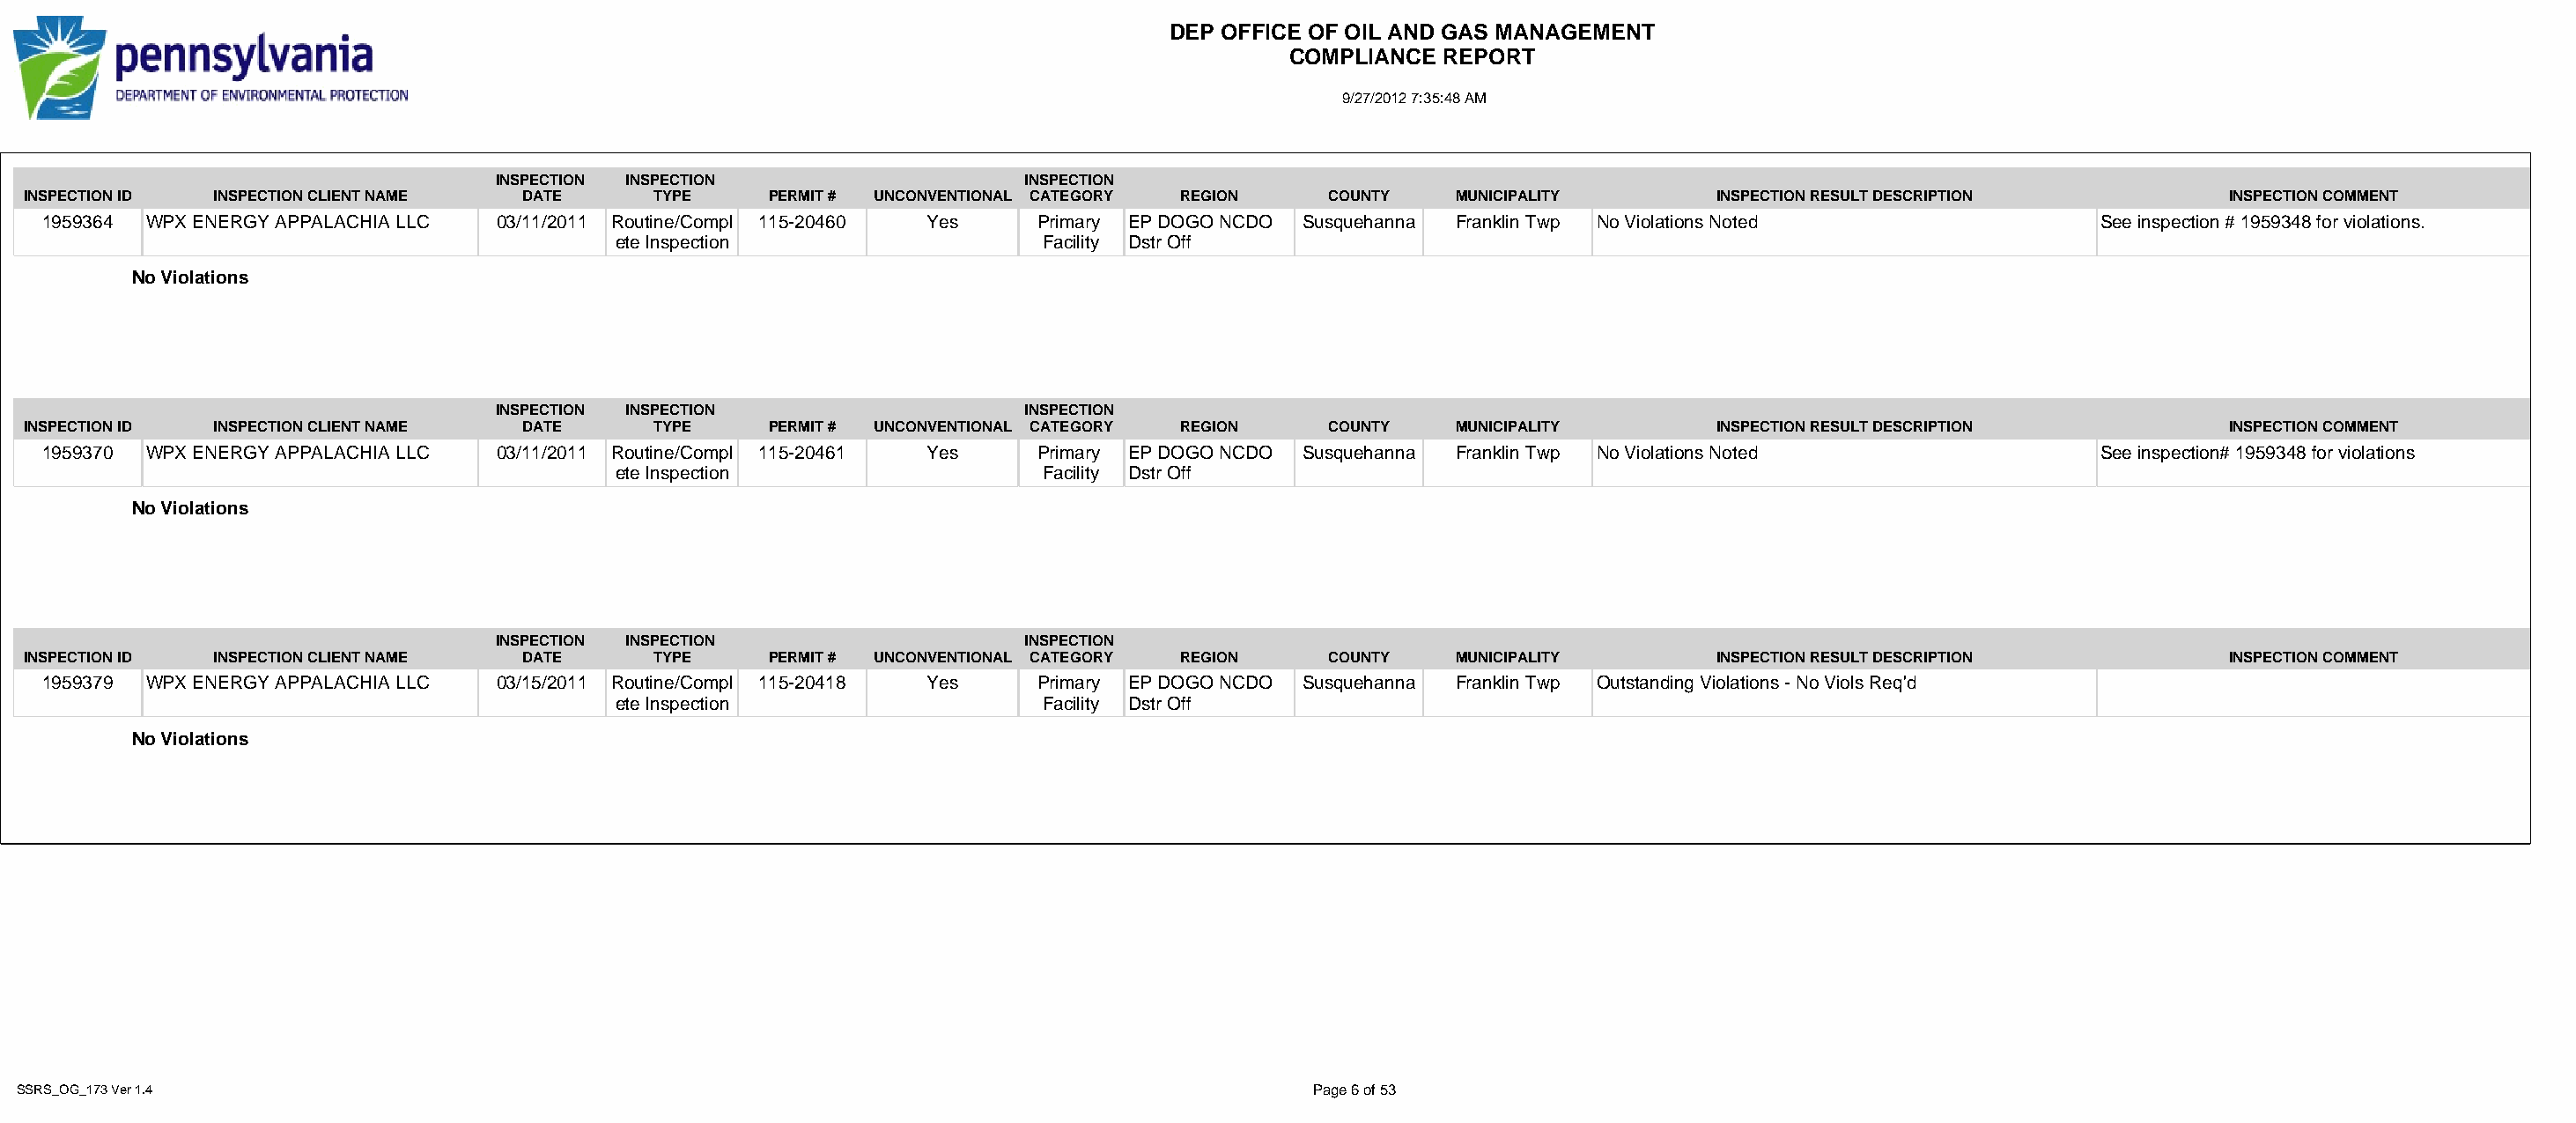
DEP OFFICE OF OIL AND GAS MANAGEMENT
 COMPLIANCE  REPORT
 9/27/2012 7:35:48 AM
 INSPECTION INSPECTION                   INSPECTION
 INSPECTION ID INSPECTION CLIENT NAME DATE      TYPE     PERMIT # UNCONVENTIONAL CATEGORY REGION   COUNTY   MUNICIPALITY        INSPECTION RESULT DESCRIPTION          INSPECTION COMMENT
 1959364 WPX ENERGY APPALACHIA LLC 03/11/2011 Routine/Compl 115-20460 Yes   Primary EP DOGO NCDO Susquehanna Franklin Twp No Violations Noted               See inspection # 1959348 for violations.
 ete Inspection                  Facility Dstr Off
 No Violations
 INSPECTION INSPECTION                   INSPECTION
 INSPECTION ID INSPECTION CLIENT NAME DATE      TYPE     PERMIT # UNCONVENTIONAL CATEGORY REGION   COUNTY   MUNICIPALITY        INSPECTION RESULT DESCRIPTION          INSPECTION COMMENT
 1959370 WPX ENERGY APPALACHIA LLC 03/11/2011 Routine/Compl 115-20461 Yes   Primary EP DOGO NCDO Susquehanna Franklin Twp No Violations Noted               See inspection# 1959348 for violations
 ete Inspection                  Facility Dstr Off
 No Violations
 INSPECTION INSPECTION                   INSPECTION
 INSPECTION ID INSPECTION CLIENT NAME DATE      TYPE     PERMIT # UNCONVENTIONAL CATEGORY REGION   COUNTY   MUNICIPALITY        INSPECTION RESULT DESCRIPTION          INSPECTION COMMENT
 1959379 WPX ENERGY APPALACHIA LLC 03/15/2011 Routine/Compl 115-20418 Yes   Primary EP DOGO NCDO Susquehanna Franklin Twp Outstanding Violations - No Viols Req'd
 ete Inspection                  Facility Dstr Off
 No Violations
 SSRS_OG_173 Ver 1.4                                                                               Page 6 of 53